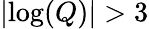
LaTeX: |\mathrm{log}(Q)|>3